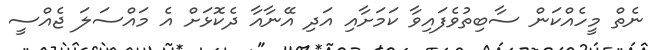
ނެތް މީހެއްކަން ސާބިތުވެފައިވާ ކަމަށާއި އަދި އޭނާއާ ދެކޮޅަށް އެ މައްސަލަ ޖެއްސީ